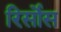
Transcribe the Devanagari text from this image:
रिर्सोस